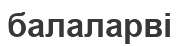
балаларві